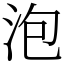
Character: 泡